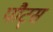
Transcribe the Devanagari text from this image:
पौट्स